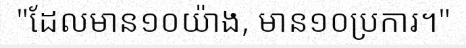
"ដែលមាន១០យ៉ាង, មាន១០ប្រការ។"